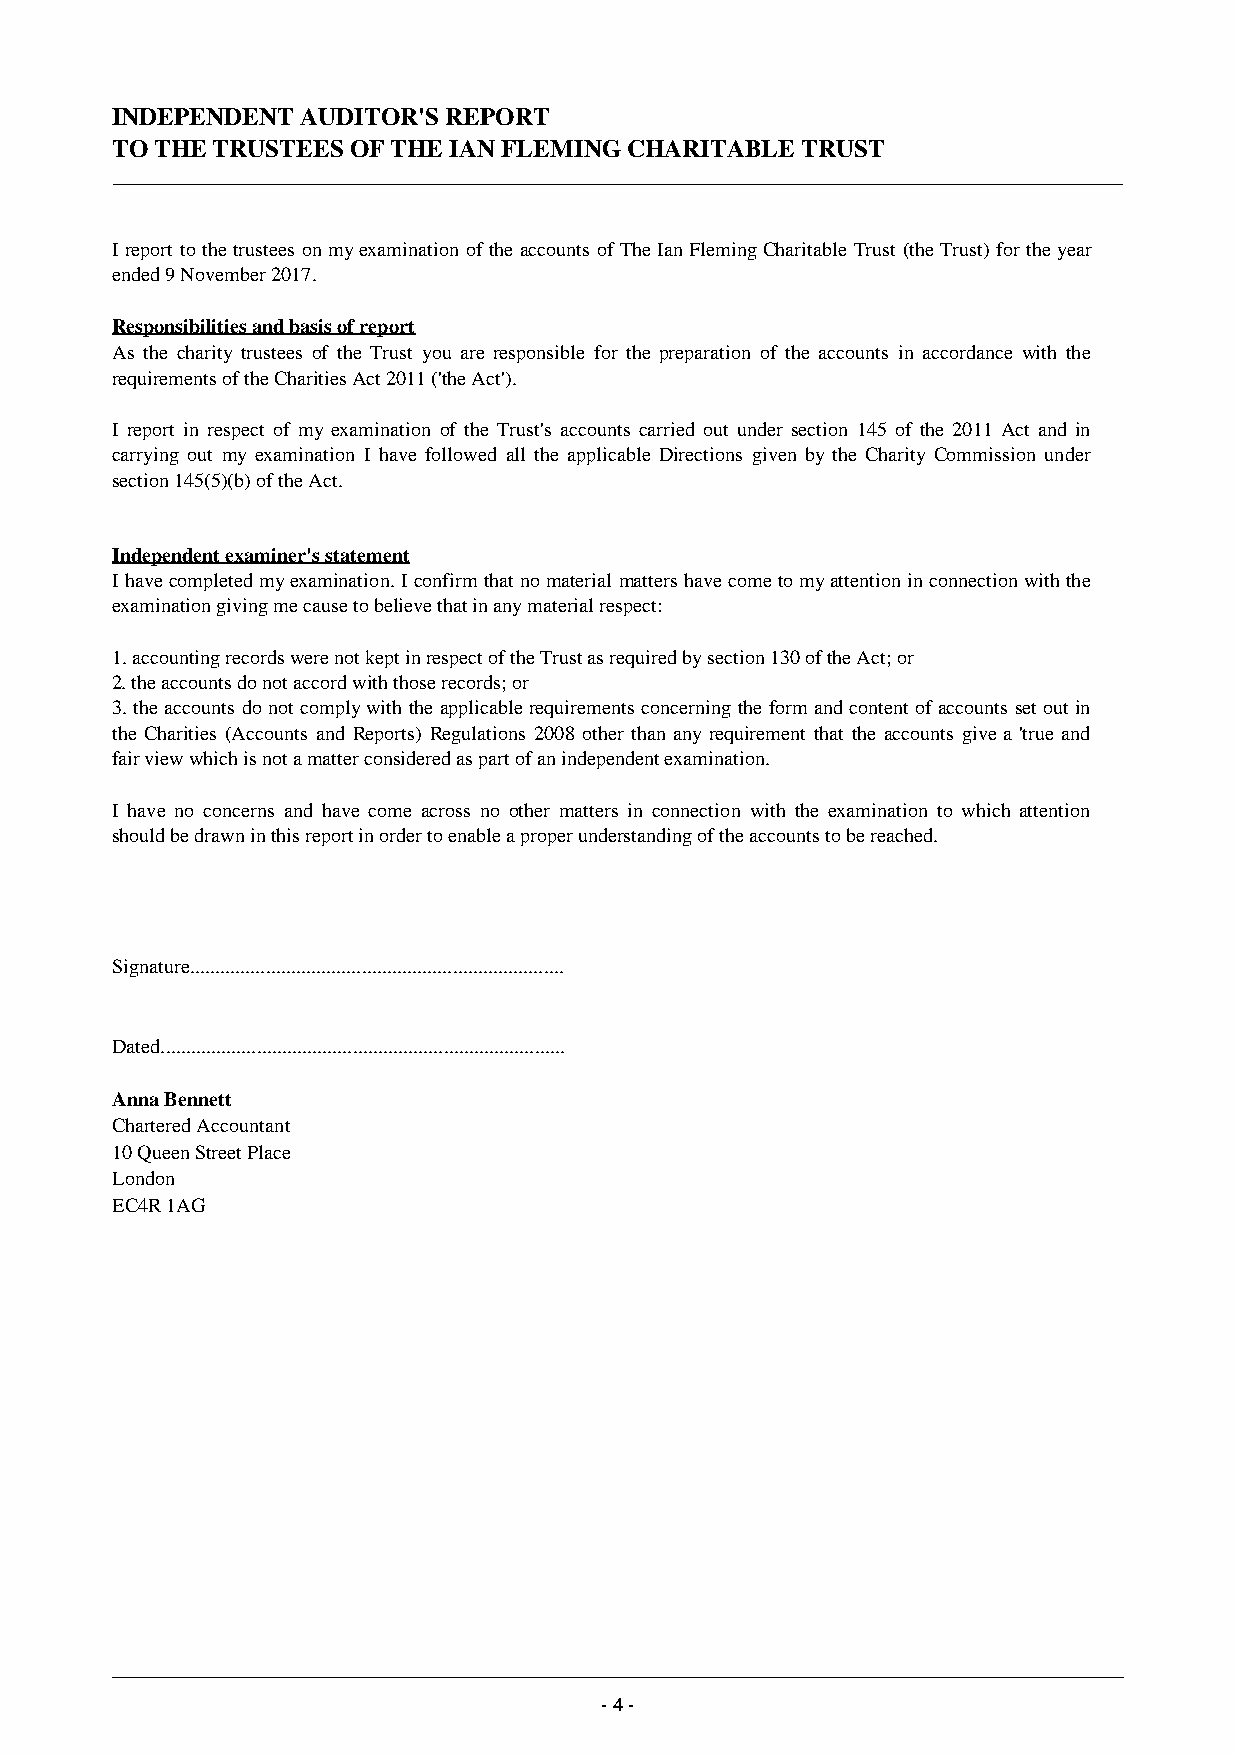
INDEPENDENT  AUDITOR'S REPORT
 TO THE TRUSTEES OF THE IAN FLEMING CHARITABLE TRUST
 I report to the trustees on my examination of the accounts of The Ian Fleming Charitable Trust (the Trust) for the year
 ended 9 November 2017.
 Responsibilities and basis of report
 As the charity trustees of the Trust you are responsible for the preparation of the accounts in accordance with the
 requirements of the Charities Act 2011 ('the Act').
 I report in respect of my examination of the Trust's accounts carried out under section 145 of the 2011 Act and in
 carrying out my examination I have followed all the applicable Directions given by the Charity Commission under
 section 145(5)(b) of the Act.
 Independent examiner's statement
 I have completed my examination. I confirm that no material matters have come to my attention in connection with the
 examination giving me cause to believe that in any material respect:
 1. accounting records were not kept in respect of the Trust as required by section 130 of the Act; or
 2. the accounts do not accord with those records; or
 3. the accounts do not comply with the applicable requirements concerning the form and content of accounts set out in
 the Charities (Accounts and Reports) Regulations 2008 other than any requirement that the accounts give a 'true and
 fair view which is not a matter considered as part of an independent examination.
 I have no concerns and have come across no other matters in connection with the examination to which attention
 should be drawn in this report in order to enable a proper understanding of the accounts to be reached.
 Signature..........................................................................
 Dated................................................................................
 Anna Bennett
 Chartered Accountant
 10 Queen Street Place
 London
 EC4R 1AG
 - 4 -